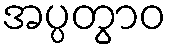
အပ္ပတွာဝ